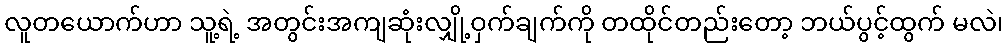
လူတယောက်ဟာ သူ့ရဲ့ အတွင်းအကျဆုံးလျှို့ဝှက်ချက်ကို တထိုင်တည်းတော့ ဘယ်ပွင့်ထွက် မလဲ၊